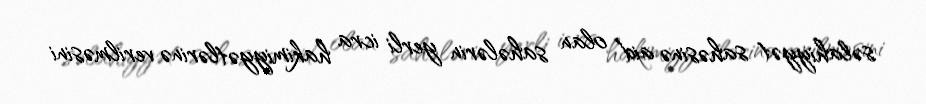
səlahiyyət sahəsinə aid olan sahələrin yerli icra hakimiyyətlərinə verilməsini